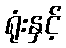
ရုံးနှင့်